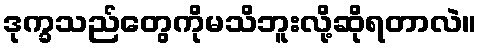
ဒုက္ခသည်တွေကိုမသိဘူးလို့ဆိုရတာလဲ။